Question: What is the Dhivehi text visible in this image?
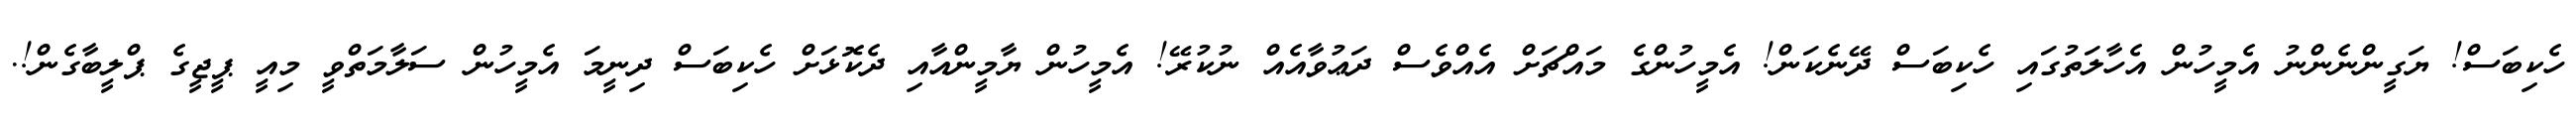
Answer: ހެކިބަސް! ޔަގީންނެންނު އެމީހުން އެހާލަތުގައި ހެކިބަސް ދޭނެކަން! އެމީހުންގެ މައްޗަށް އެއްވެސް ދަޢުވާއެއް ނުކުރޭ! އެމީހުން ޔާމީންއާއި ދެކޮޅަށް ހެކިބަސް ދިނީމަ އެމީހުން ސަލާމަތްވީ މިއީ ޕީޖީގެ ޕްލީބާގެން!.